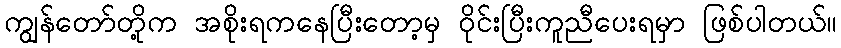
ကျွန်တော်တို့က အစိုးရကနေပြီးတော့မှ ဝိုင်းပြီးကူညီပေးရမှာ ဖြစ်ပါတယ်။